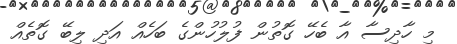
މި ހާދިސާ އާ ބެހޭ ގޮތުން ފުލުހުންގެ ބަހެއް އަދި ލިބޭ ގޮތެއް